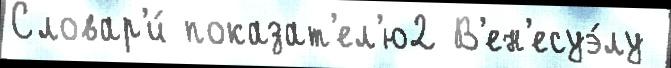
Словар'и́ показат'ел'ю2 В'ен'есуэ́лу